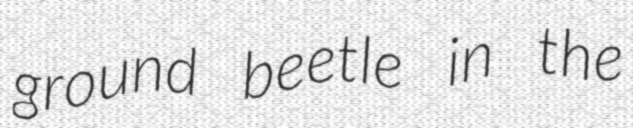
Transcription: ground beetle in the